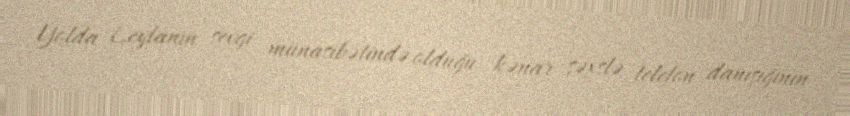
Yolda Leylanın sevgi münasibətində olduğu kənar şəxslə telefon danışığının